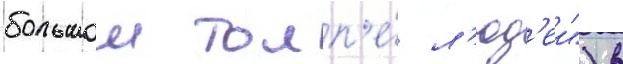
большои толп'е́ л'юд'еи") в